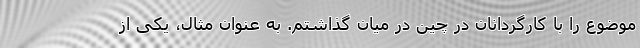
موضوع را با کارگردانان در چین در میان گذاشتم. به عنوان مثال، یکی از